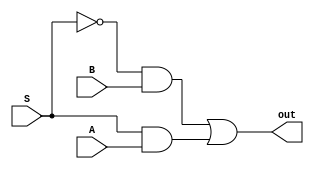
module two_to_one_MUX(out,S,A,B);
	input S,A,B;
	output out;
	wire SN,a0,a1;
	
	not(SN,S);
	and(a0,SN,B);
	and(a1,S,A);
	or(out,a0,a1);
endmodule